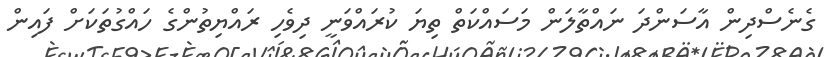
ގެނެސްދިން އާސަންދަ ނައްތާލަން މަސައްކަތް ތިޔަ ކުރައްވަނީ ދިވެހި ރައްޔިތުންގެ ހައްގުތަކަށް ފައިން